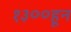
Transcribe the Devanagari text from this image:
१३००हून